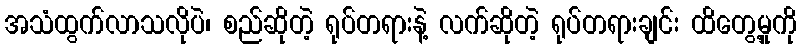
အသံထွက်လာသလိုပဲ၊ စည်ဆိုတဲ့ ရုပ်တရားနဲ့ လက်ဆိုတဲ့ ရုပ်တရားချင်း ထိတွေ့မှုကို